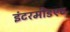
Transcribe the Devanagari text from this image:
इंटरमीडएट